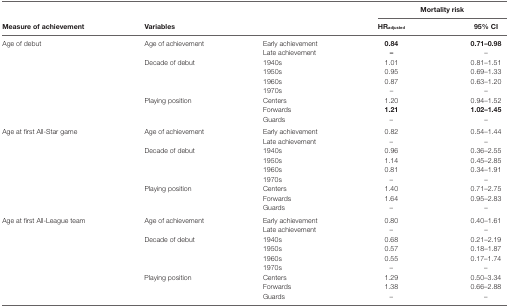
|  |  |  | <COLSPAN=2> Mortality risk |
 | Measure of achievement | Variables |  | HRadjusted | 95% CI |
 | --- | --- | --- | --- | --- |
 | <ROWSPAN=9> Age of debut | <ROWSPAN=2> Age of achievement | Early achievement | 0.84 | 0.71–0.98 |
 | Late achievement | – | – |
 | <ROWSPAN=4> Decade of debut | 1940s | 1.01 | 0.81–1.51 |
 | 1950s | 0.95 | 0.69–1.33 |
 | 1960s | 0.87 | 0.63–1.20 |
 | 1970s | – | – |
 | <ROWSPAN=3> Playing position | Centers | 1.20 | 0.94–1.52 |
 | Forwards | 1.21 | 1.02–1.45 |
 | Guards | – | – |
 | <ROWSPAN=9> Age at first All-Star game | <ROWSPAN=2> Age of achievement | Early achievement | 0.82 | 0.54–1.44 |
 | Late achievement | – | – |
 | <ROWSPAN=4> Decade of debut | 1940s | 0.96 | 0.36–2.55 |
 | 1950s | 1.14 | 0.45–2.85 |
 | 1960s | 0.81 | 0.34–1.91 |
 | 1970s | – | – |
 | <ROWSPAN=3> Playing position | Centers | 1.40 | 0.71–2.75 |
 | Forwards | 1.64 | 0.95–2.83 |
 | Guards | – | – |
 | <ROWSPAN=9> Age at first All-League team | <ROWSPAN=2> Age of achievement | Early achievement | 0.80 | 0.40–1.61 |
 | Late achievement | – | – |
 | <ROWSPAN=4> Decade of debut | 1940s | 0.68 | 0.21–2.19 |
 | 1950s | 0.57 | 0.18–1.87 |
 | 1960s | 0.55 | 0.17–1.74 |
 | 1970s | – | – |
 | <ROWSPAN=3> Playing position | Centers | 1.29 | 0.50–3.34 |
 | Forwards | 1.38 | 0.66–2.88 |
 | Guards | – | – |